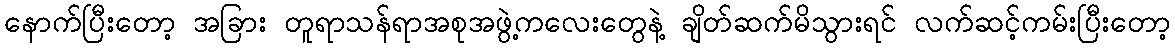
နောက်ပြီးတော့ အခြား တူရာသန်ရာအစုအဖွဲ့ကလေးတွေနဲ့ ချိတ်ဆက်မိသွားရင် လက်ဆင့်ကမ်းပြီးတော့